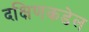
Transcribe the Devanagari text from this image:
दक्षिणकडेल